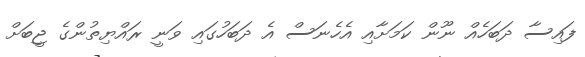
ފައިސާ ދަބަހެއް ނޫން ކަމަށާއި އެހެނަސް އެ ދަބަހުގައި ވަނީ ރައްޔިތުންގެ ޖީބަށް